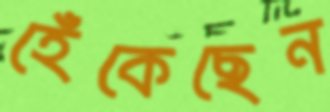
হেঁকেছেন